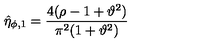
\hat { \eta } _ { \phi , 1 } = \frac { 4 ( \rho - 1 + \vartheta ^ { 2 } ) } { \pi ^ { 2 } ( 1 + \vartheta ^ { 2 } ) }